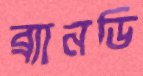
ব্র্যানডি